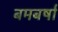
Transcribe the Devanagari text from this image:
बमबर्षा